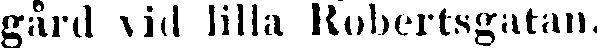
gård vid lilla Robertsgatan.